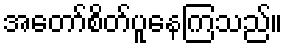
အတော်စိတ်ပူနေကြသည်။